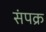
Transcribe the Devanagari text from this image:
संपक्र